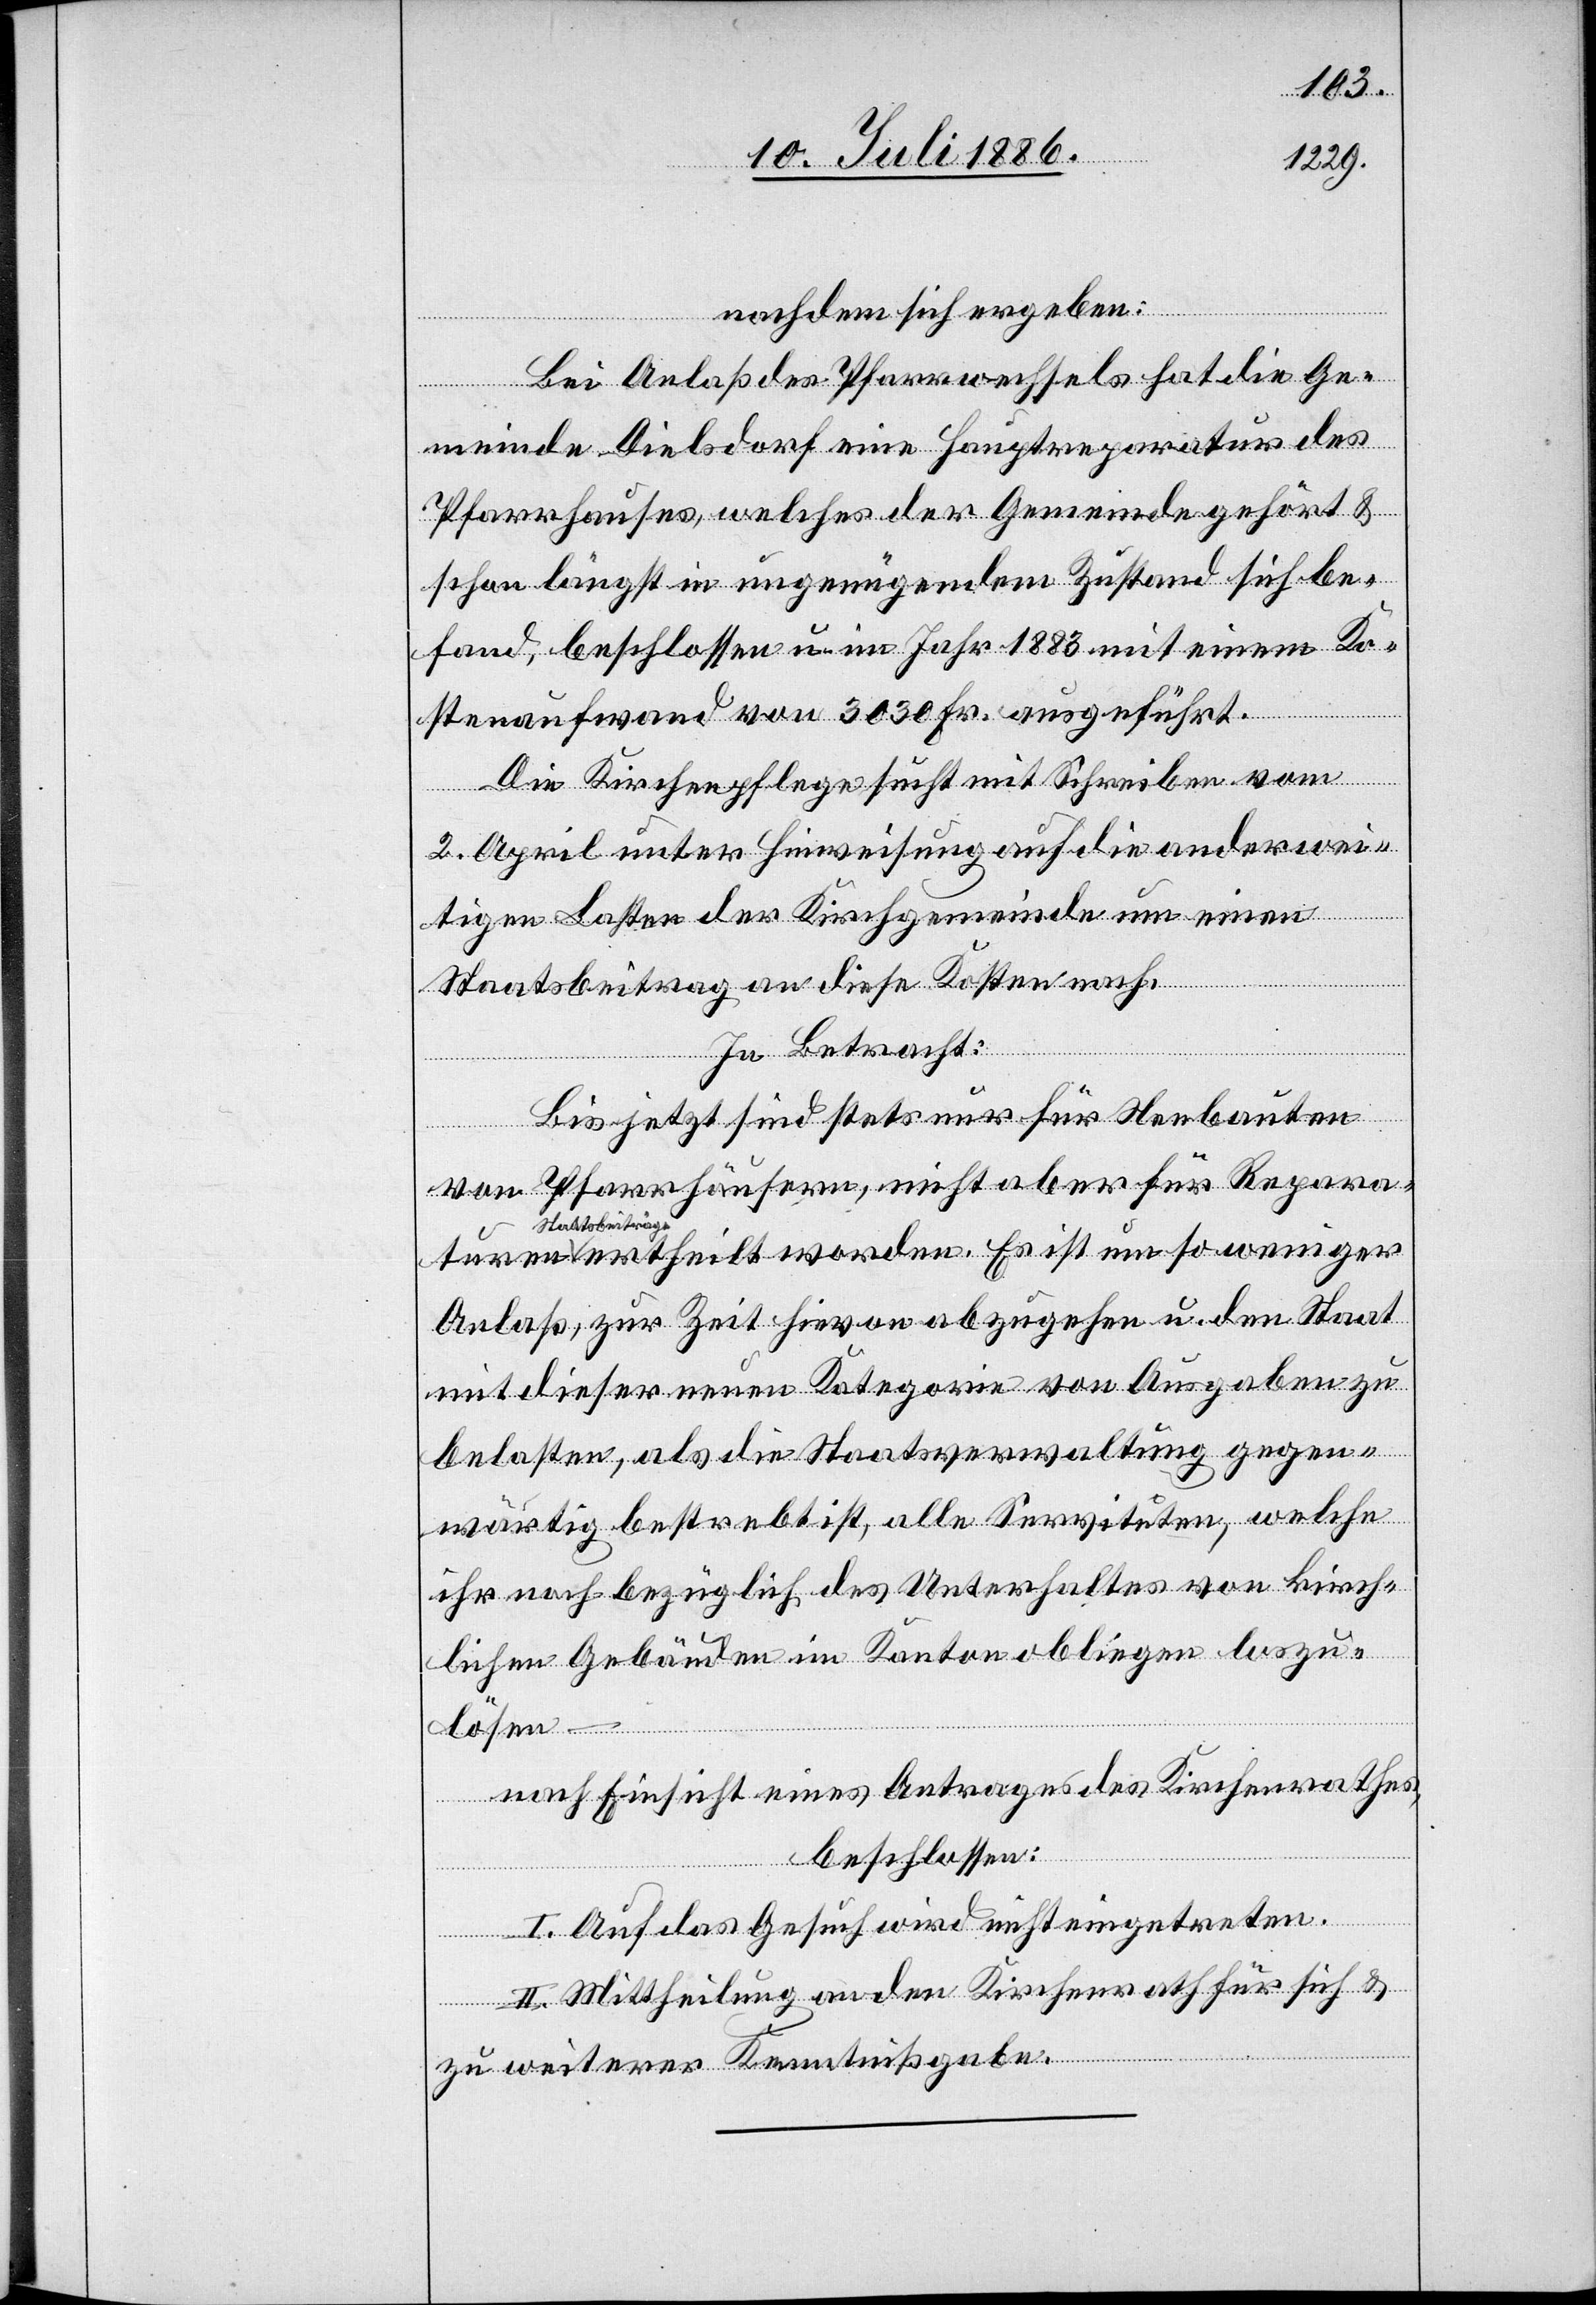
nachdem sich ergeben:
Bei Anlaß des Pfarrwechsels hat die Ge¬
meinde Dielsdorf eine Hauptreparatur des
Pfarrhauses, welches der Gemeinde gehört &
schon längst in ungenügendem Zustand sich be¬
fand, beschlossen u. im Jahr 1883 mit einem Ko¬
stenaufwand von 3030 Fr. ausgeführt.
Die Kirchenpflege sucht mit Schreiben vom
2. April unter Hinweisung auf die anderwei¬
tigen Lasten der Kirchgemeinde um einen
Staatsbeitrag an diese Kosten nach.
In Betracht:
ren
Bis jetzt sind stets nur für Neubauten
von Pfarrhäusern, nicht aber für Repara¬
Staatsbeiträge
ertheilt worden. Es ist um so weniger
Anlaß, zur Zeit hievon abzugehen u. den Staat
mit dieser neuen Kategorie von Ausgaben zu
belasten, als die Staatsverwaltung gegen¬
wärtig bestrebt ist, alle Servituten, welche
ihr noch bezüglich des Unterhaltes von kirch¬
lichen Gebäuden im Kanton obliegen loszu¬
lösen –
nach Einsicht eines Antrages des Kirchenrathes,
beschlossen:
I. Auf das Gesuch wird nicht eingetreten.
II. Mittheilung an den Kirchenrath für sich &
zu weiterer Kenntnißgabe.